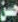
حسن